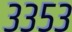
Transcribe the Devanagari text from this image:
३३५३